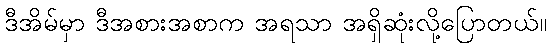
ဒီအိမ်မှာ ဒီအစားအစာက အရသာ အရှိဆုံးလို့ပြောတယ်။